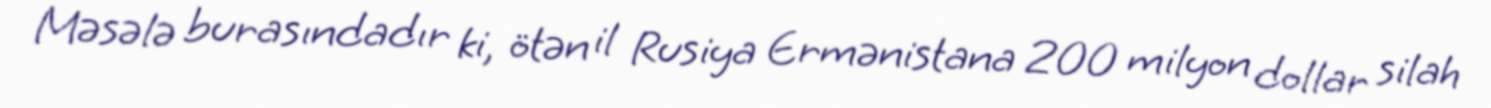
Məsələ burasındadır ki, ötən il Rusiya Ermənistana 200 milyon dollar silah